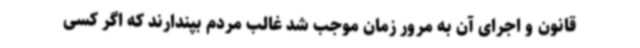
قانون و اجرای آن به مرور زمان موجب شد غالب مردم بپندارند که اگر کسی